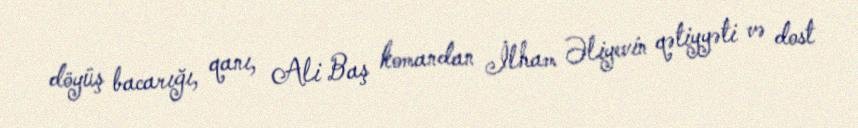
döyüş bacarığı, qanı, Ali Baş komandan İlham Əliyevin qətiyyəti və dost